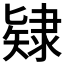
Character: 𨽹